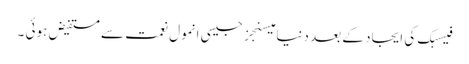
فیسبک کی ایجاد کے بعد دنیا میسنجز جیسی انمول نعمت سے مستفیض ہوئی ۔